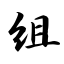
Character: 组